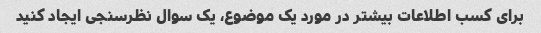
برای کسب اطلاعات بیشتر در مورد یک موضوع، یک سوال نظرسنجی ایجاد کنید